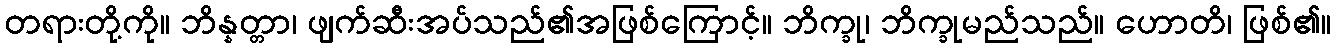
တရားတို့ကို။ ဘိန္နတ္တာ၊ ဖျက်ဆီးအပ်သည်၏အဖြစ်ကြောင့်။ ဘိက္ခု၊ ဘိက္ခုမည်သည်။ ဟောတိ၊ ဖြစ်၏။